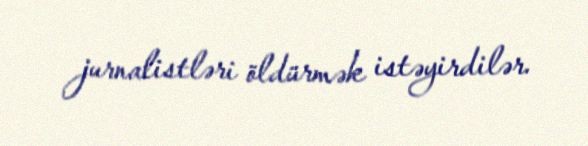
jurnalistləri öldürmək istəyirdilər.